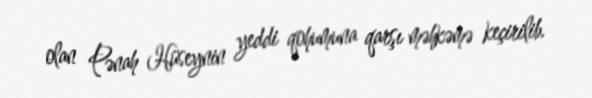
olan Pənah Hüseynin yeddi qohumuna qarşı məhkəmə keçirilib.